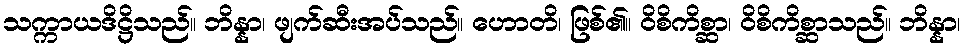
သက္ကာယဒိဋ္ဌိသည်။ ဘိန္နာ၊ ဖျက်ဆီးအပ်သည်။ ဟောတိ၊ ဖြစ်၏။ ဝိစိကိစ္ဆာ၊ ဝိစိကိစ္ဆာသည်။ ဘိန္နာ၊